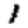
Digit: 1